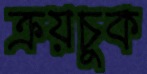
ক্রয়চুক